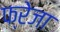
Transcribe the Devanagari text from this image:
फ्रेजा